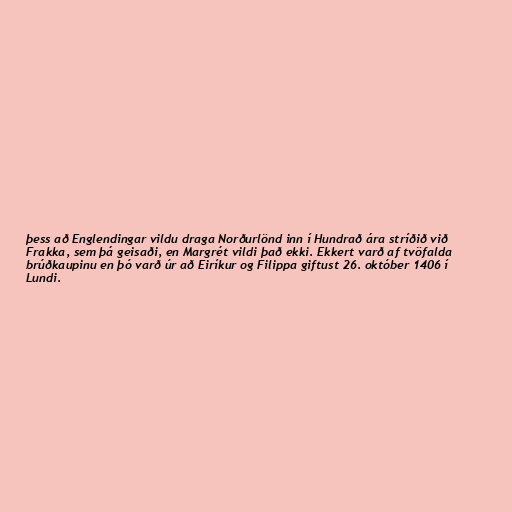
þess að Englendingar vildu draga Norðurlönd inn í Hundrað ára stríðið við
Frakka, sem þá geisaði, en Margrét vildi það ekki. Ekkert varð af tvöfalda
brúðkaupinu en þó varð úr að Eiríkur og Filippa giftust 26. október 1406 í
Lundi.